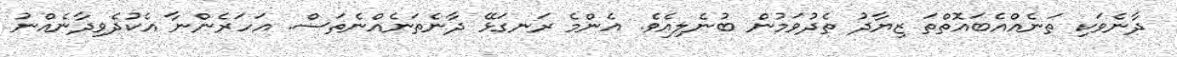
ދާނެވަކި ތަނެއްއެބައޮތްތަ ޒިޔާދު ތެދުވަމުން ބުނެލިއެވެ. އެންމެ ރަނގަޅޭ ދާނެތަނެއްނެތަސް. އަހަރެންނާ އެކުދެވިދާނެއްނު